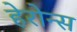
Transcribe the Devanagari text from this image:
हेरोन्स